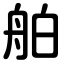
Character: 舶